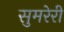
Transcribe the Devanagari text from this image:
सुमरेरी